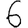
Digit: 6